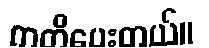
ကတိပေးတယ်။